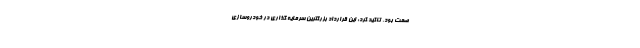
صمت بود، تاکید کرد: این قرارداد بزرگترین سرمایه گذاری در خودروسازی